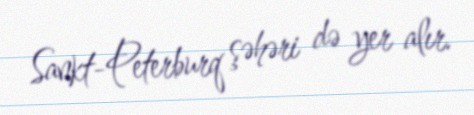
Sankt-Peterburq şəhəri də yer alır.